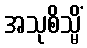
အသုစိသ္မိံ